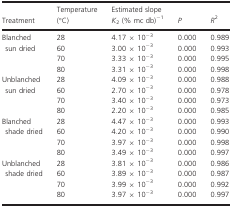
| Treatment | Temperature (°C) | Estimated slope K2 (% mcdb)−1 | P | R2 |
 | --- | --- | --- | --- | --- |
 | <ROWSPAN=4> Blanched sun dried | 28 | 4.17 × 10−3 | 0.000 | 0.989 |
 | 60 | 3.00 × 10−3 | 0.000 | 0.993 |
 | 70 | 3.33 × 10−3 | 0.000 | 0.995 |
 | 80 | 3.31 × 10−3 | 0.000 | 0.998 |
 | <ROWSPAN=4> Unblanched sun dried | 28 | 4.09 × 10−3 | 0.000 | 0.988 |
 | 60 | 2.70 × 10−3 | 0.000 | 0.978 |
 | 70 | 3.40 × 10−3 | 0.000 | 0.973 |
 | 80 | 2.20 × 10−3 | 0.000 | 0.985 |
 | <ROWSPAN=4> Blanched shade dried | 28 | 4.47 × 10−3 | 0.000 | 0.993 |
 | 60 | 4.20 × 10−3 | 0.000 | 0.990 |
 | 70 | 3.97 × 10−3 | 0.000 | 0.998 |
 | 80 | 3.49 × 10−3 | 0.000 | 0.997 |
 | <ROWSPAN=4> Unblanched shade dried | 28 | 3.81 × 10−3 | 0.000 | 0.986 |
 | 60 | 3.89 × 10−3 | 0.000 | 0.987 |
 | 70 | 3.99 × 10−3 | 0.000 | 0.992 |
 | 80 | 3.97 × 10−3 | 0.000 | 0.997 |